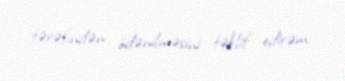
tərəfindən ödənilməsini təklif edirəm.